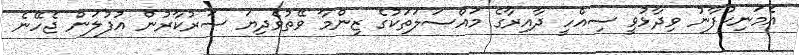
އެމަނިކުފާނު ވިދާޅުވީ ސިއްހީ ދާއިރާގެ މައްސަލަތަކުގެ ޒިންމާ ވޭތުވެދިޔަ ސަރުކާރުން އުފުލަން ޖެހޭނެ